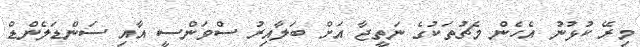
މިރޭ ކުޅުނު އެހެން މެޗުތަކުގެ ނަތީޖާ އަށް ބަލާއިރު ސްވަންސީ އާއި ސަންޑަލެންޑް